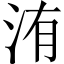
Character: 洧